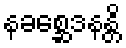
နခစ္ဆေဒနန္တိ